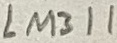
Text: LM311